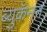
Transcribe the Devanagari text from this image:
ब्युकॅनन